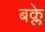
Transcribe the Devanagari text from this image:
बक्ले